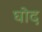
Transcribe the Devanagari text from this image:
घोद